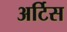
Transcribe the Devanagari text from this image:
अर्टिस